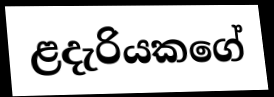
ළදැරියකගේ